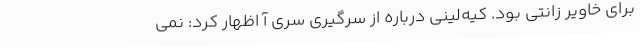
برای خاویر زانتی بود. کیه‌لینی درباره از سرگیری سری آ اظهار کرد: نمی